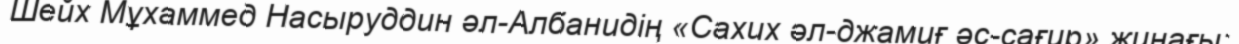
Шейх Мұхаммед Насыруддин әл-Албанидің «Сахих әл-джамиғ әс-сағир» жинағы;